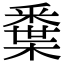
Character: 𨤘